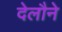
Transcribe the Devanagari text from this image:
देलौने